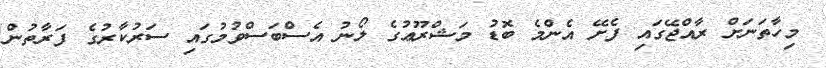
މިހާތަނަށް ރާއްޖޭގައި ފެށޭ އެންމެ ބޮޑު މަޝްރޫޢުގެ ލޯނު އެސްބަސްވުމުގައި ސަރުކާރުގެ ފަރާތުން